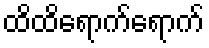
ထိထိရောက်ရောက်